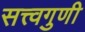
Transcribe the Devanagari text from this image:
सत्त्वगुणी